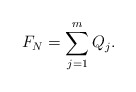
\begin{align*}F_N=\sum_{j=1}^mQ_j.\end{align*}